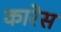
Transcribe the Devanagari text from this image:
कारेस